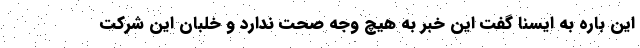
این باره به ایسنا گفت این خبر به هیچ وجه صحت ندارد و خلبان این شرکت